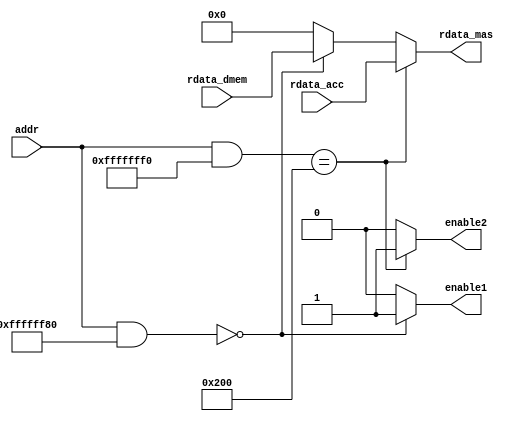
module arbiter(
	input [31:0] addr,
	// input [3:0] we,
	// output we1,
	// input [31:0] wdata_mas,
	// output reg [31:0] wdata,
    input [31:0] rdata_dmem,
    input [31:0] rdata_acc,
    output reg [31:0] rdata_mas,
    output reg enable1, enable2
);
	
always @ (*) begin
	enable1 <= 0;
	enable2 <= 0;
	rdata_mas <= 0;

	// assign we1 = we4==4'b1111;

	if ((addr&32'hffffff80)==32'h00000000) begin //0 + 7bits for dmem 
		enable1 <= 1;
		rdata_mas <= rdata_dmem;
	end	

	if ((addr&32'hfffffff0)==32'h00000200) begin //512 + 4bits for accumulator
		enable2 <= 1;
		rdata_mas <= rdata_acc; 
	end
end

endmodule